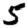
Digit: 5